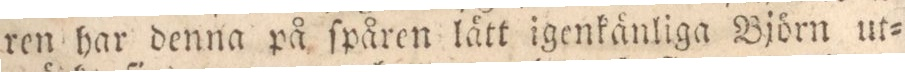
ren har denna på ſpåren lätt igenkänliga Björn ut=